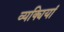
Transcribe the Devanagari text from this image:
व्यक्यियां